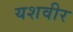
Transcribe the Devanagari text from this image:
यशवीर